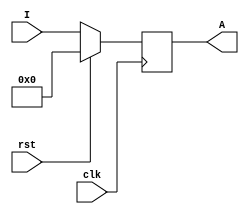
module four_bit_register
(
	I,
	clk,
	rst,
	A
);

	input [3:0] I;
	input rst, clk;
	output reg [3:0] A;

	always @(posedge clk)
	begin
		if(rst)
			A <= 4'b0000;
		else
			A <= I;
	end

endmodule